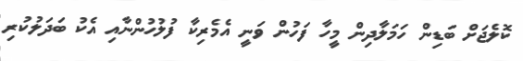
ކޮލެޖަށް ބަޑިން ހަމަލާދިން މީހާ ފަހުން ވަނީ އެމެރިކާ ފުލުހުންނާއި އެކު ބަދަލުކުރި